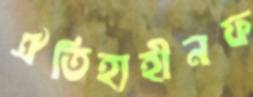
ঐতিহ্যহীনফ